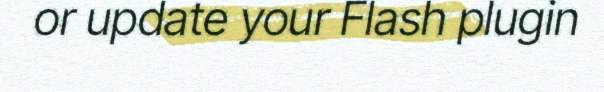
or update your Flash plugin